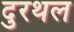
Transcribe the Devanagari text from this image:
दुरथल